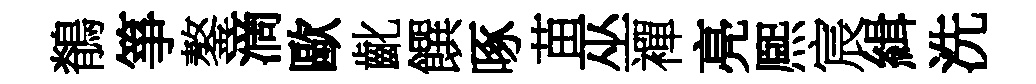
鶺箏鏊滴歐齔饌啄苗巫襌亮熈宸緝洗